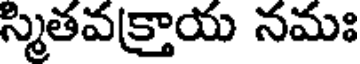
స్మితవక్రాయ నమః